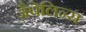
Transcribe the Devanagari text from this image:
ज़ैपेलिन्स